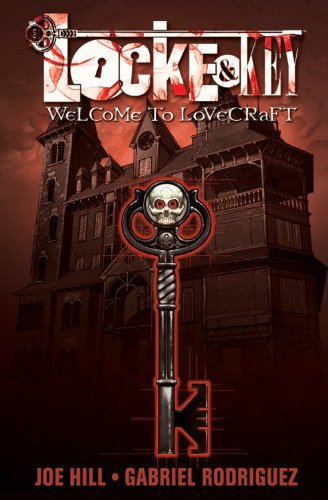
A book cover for Locke & Key, Vol. 1: Welcome to Lovecraft; Joe Hill; Comics & Graphic Novels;